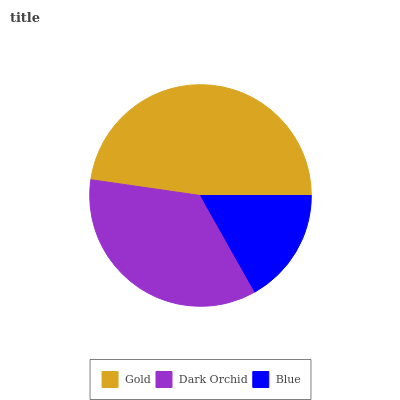
| Gold | Dark Orchid | Blue |
 | --- | --- | --- |
 | 47.7% | 35.5% | 16.9% |